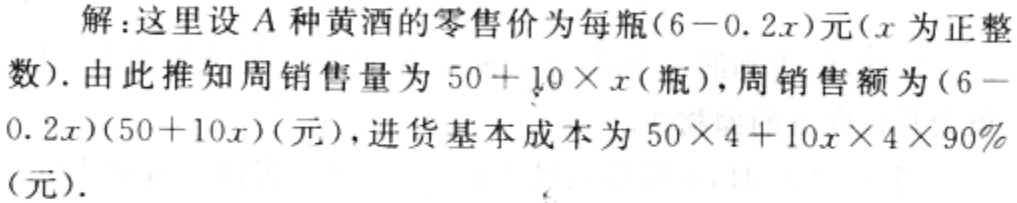
解：这里设\(A\)种黄酒的零售价为每瓶\((6 - 0.2x)\)元\((x\)为正整
数\()\). 由此推知周销售量为\(50 + 10\times x\)(瓶)，周销售额为\((6 -
0.2x)(50 + 10x)\)(元)，进货基本成本为\(50\times4 + 10x\times4\times90\%\)
(元).